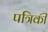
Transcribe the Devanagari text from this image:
पत्रिकी